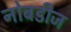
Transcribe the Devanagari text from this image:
नोबडीज